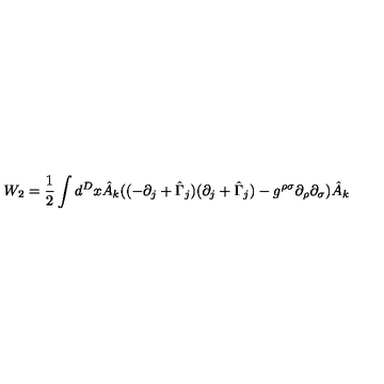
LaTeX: W _ { 2 } = \frac { 1 } { 2 } \int d ^ { D } x \hat { A } _ { k } ( ( - \partial _ { j } + \hat { \Gamma } _ { j } ) ( \partial _ { j } + \hat { \Gamma } _ { j } ) - g ^ { \rho \sigma } \partial _ { \rho } \partial _ { \sigma } ) \hat { A } _ { k }